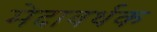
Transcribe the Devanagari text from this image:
मेदावर्धक